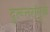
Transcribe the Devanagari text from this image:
दुरूत्तरांमुळे